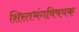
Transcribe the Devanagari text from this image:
शिस्तभंगविषयक